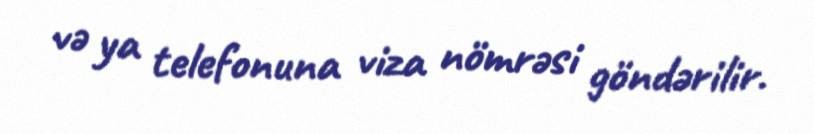
və ya telefonuna viza nömrəsi göndərilir.